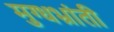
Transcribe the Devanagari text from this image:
मुग्धभ्रांती